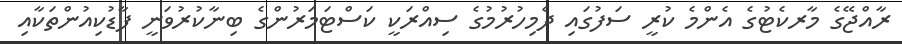
ރާއްޖޭގެ މާރކެޓުގެ އެންމެ ކުރީ ސަފުގައި ދެމިހުރުމުގެ ސިއްރަކީ ކަސްޓަމަރުންގެ ބިނާކުރުވަނީ ފާޑުކިއުންތަކާއި